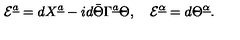
{ \cal E } ^ { \underline { a } } = d X ^ { \underline { a } } - i d \bar { \Theta } \Gamma ^ { \underline { a } } \Theta , \quad { \cal E } ^ { \underline { \alpha } } = d \Theta ^ { \underline { \alpha } } .